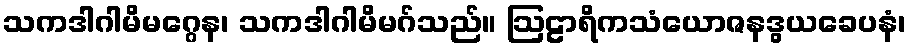
သကဒါဂါမိမဂ္ဂေန၊ သကဒါဂါမိမဂ်သည်။ ဩဠာရိကသံယောဇနဒွယခေပနံ၊